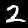
Label: 2